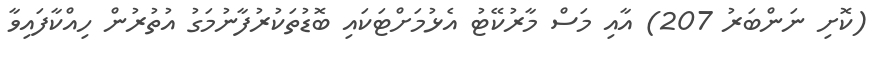
(ކޮށި ނަންބަރު 207) އާއި މަސް މާރުކޭޓު އެޅުމަށްޓަކައި ބޮޑުތަކުރުފާނުމަގު އުތުރުން ހިއްކާފައިވާ